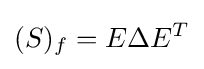
(S)_{f}=E\Delta E^{T}